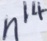
n ^ { 1 4 }